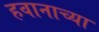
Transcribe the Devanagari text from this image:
हवानाच्या